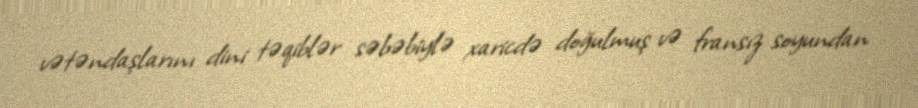
vətəndaşlarını dini təqiblər səbəbiylə xaricdə doğulmuş və fransız soyundan